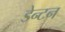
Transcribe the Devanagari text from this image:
डेन्टन